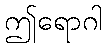
ဤရောဂါ